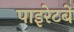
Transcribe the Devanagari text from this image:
पाइरेटबे